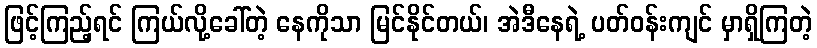
ဖြင့်ကြည့်ရင် ကြယ်လို့ခေါ်တဲ့ နေကိုသာ မြင်နိုင်တယ်၊ အဲဒီနေရဲ့ ပတ်ဝန်းကျင် မှာရှိကြတဲ့